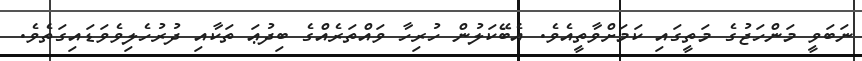
ނަބަވީ މަންހަޖުގެ މަތީގައި ކަމަށްވާތީއެވެ. އެބޭކަލުން ހުރިހާ ވައްތަރެއްގެ ބިދުޢަ ތަކާއި ދުރުހެލިވެވަޑައިގަތެވެ.